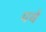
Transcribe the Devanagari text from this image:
पर्ये